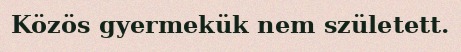
Közös gyermekük nem született.